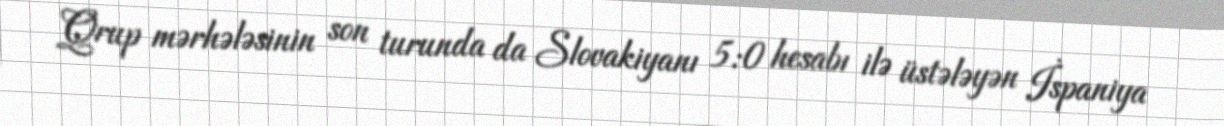
Qrup mərhələsinin son turunda da Slovakiyanı 5:0 hesabı ilə üstələyən İspaniya